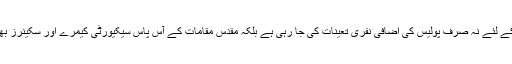
درباروں کی حفاظت کے لئے نہ صرف پولیس کی اضافی نفری تعینات کی جا رہی ہے بلکہ مقدس مقامات کے آس پاس سیکیورٹی کیمرے اور سکینرز بھی لگائے جا رہے ہیں۔